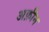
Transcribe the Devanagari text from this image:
अफ़ीन